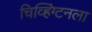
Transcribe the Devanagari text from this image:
चिव्हिंग्टनला